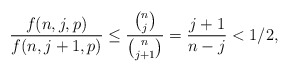
\begin{align*}\frac{f(n,j,p)}{f(n,j+1,p)} \le \frac{\binom{n}{j}}{\binom{n}{j+1}} = \frac{j+1}{n-j} < 1/2,\end{align*}